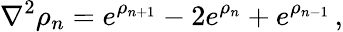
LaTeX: \nabla^{2}\rho_{n}=e^{\rho_{n+1}}-2e^{\rho_{n}}+e^{\rho_{n-1}}\, ,